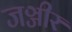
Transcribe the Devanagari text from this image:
जञ्जीर